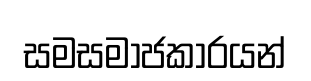
සමසමාජකාරයන්